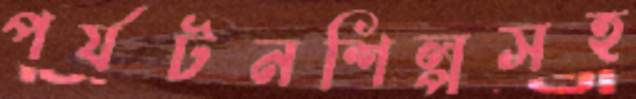
পর্যটনশিল্পসহ